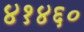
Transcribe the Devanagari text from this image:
४१४६०